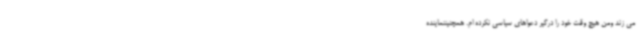
می زند ومن هیچ وقت خود را درگیر دعواهای سیاسی نکرده ام. همچنیننماینده